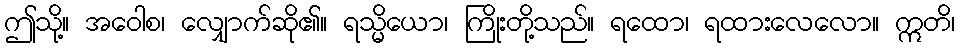
ဤသို့။ အဝေါစ၊ လျှောက်ဆို၏။ ရသ္မိယော၊ ကြိုးတို့သည်။ ရထော၊ ရထားလေလော။ ဣတိ၊